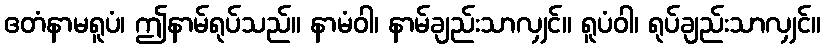
ဧတံနာမရူပံ၊ ဤနာမ်ရုပ်သည်။ နာမံဝါ၊ နာမ်ချည်းသာလျှင်။ ရူပံဝါ၊ ရုပ်ချည်းသာလျှင်။